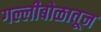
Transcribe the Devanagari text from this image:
गल्लीबोळातून